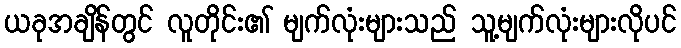
ယခုအချိန်တွင် လူတိုင်း၏ မျက်လုံးများသည် သူ့မျက်လုံးများလိုပင်